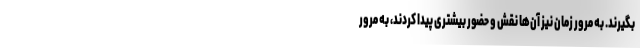
بگیرند. به مرور زمان نیز آن‌ها نقش و حضور بیشتری پیدا کردند، به مرور